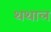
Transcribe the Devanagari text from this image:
थथाल